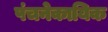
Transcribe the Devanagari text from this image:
पंचनेकायिक